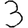
Digit: 3